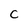
Character: C